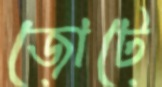
জোটে